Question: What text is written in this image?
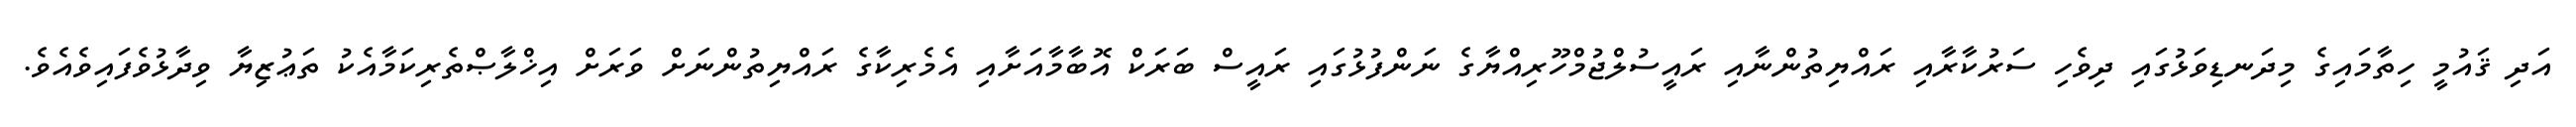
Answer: އަދި ޤައުމީ ހިތާމައިގެ މިދަނޑިވަޅުގައި ދިވެހި ސަރުކާރާއި ރައްޔިތުންނާއި ރައީސުލްޖުމްހޫރިއްޔާގެ ނަންފުޅުގައި ރައީސް ބަރަކް އޮބާމާއަށާއި އެމެރިކާގެ ރައްޔިތުންނަށް ވަރަށް އިޚްލާޞްތެރިކަމާއެކު ތަޢުޒިޔާ ވިދާޅުވެފައިވެއެވެ.